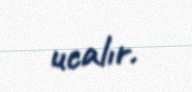
ucalır.